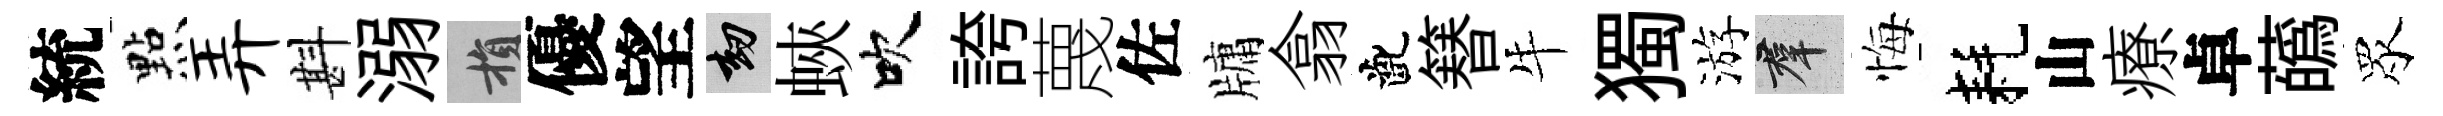
統㸃弄斟溺損優望劫蛺吹誇蔑佐牗翕齔簮牛獨游群悔耗山療卓蘤眾